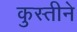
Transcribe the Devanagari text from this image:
कुस्तीने